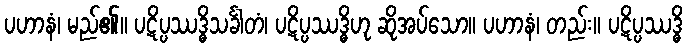
ပဟာနံ၊ မည်၏။ ပဋိပ္ပဿဒ္ဓိသင်္ခါတံ၊ ပဋိပ္ပဿဒ္ဓိဟု ဆိုအပ်သော။ ပဟာနံ၊ တည်း။ ပဋိပ္ပဿဒ္ဓိ